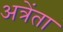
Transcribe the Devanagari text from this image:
अत्रेंता